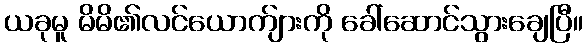
ယခုမူ မိမိ၏လင်ယောက်ျားကို ခေါ်ဆောင်သွားချေပြီ။